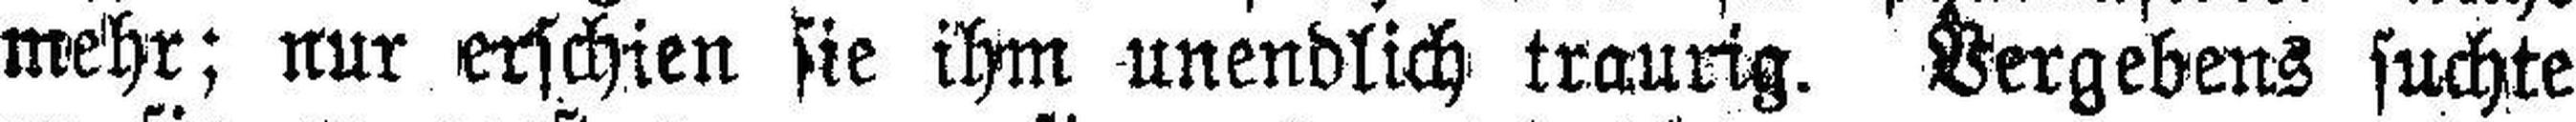
mehr; nur erschien sie ihm unendlich traurig. Vergebens suchte